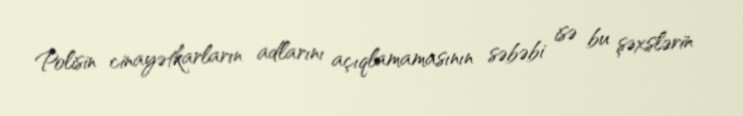
Polisin cinayətkarların adlarını açıqlamamasının səbəbi isə bu şəxslərin